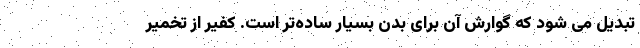
تبدیل می شود که گوارش آن برای بدن بسیار ساده‌تر است. کفیر از تخمیر